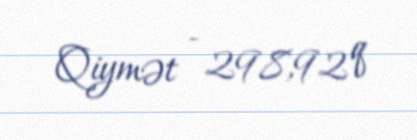
Qiymət - 298,92 q